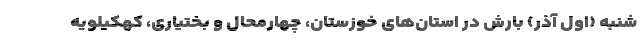
شنبه (اول آذر) بارش در استان‌های خوزستان، چهارمحال و بختیاری، کهکیلویه